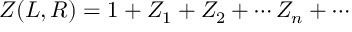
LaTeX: Z ( L , R ) = 1 + Z _ { 1 } + Z _ { 2 } + \cdots Z _ { n } + \cdots